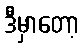
ဒီမှာတော့